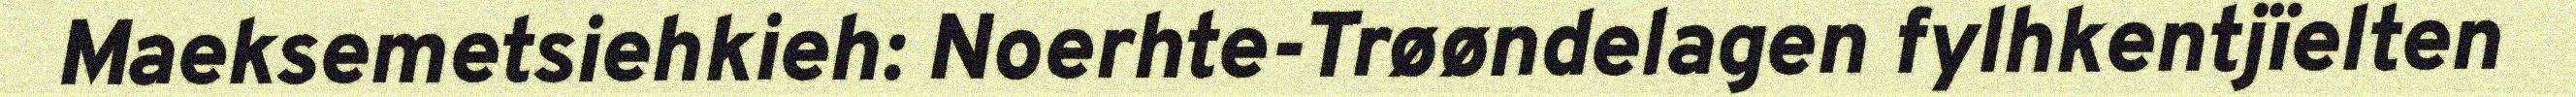
Maeksemetsiehkieh: Noerhte-Trøøndelagen fylhkentjïelten